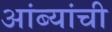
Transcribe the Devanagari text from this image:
आंब्यांची